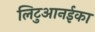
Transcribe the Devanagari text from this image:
लिटुआनईका